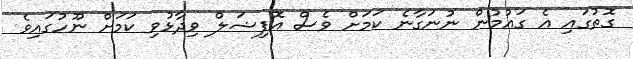
ގޮތުގައި އެ ގައުމުން ނުނަގާނެ ކަމަށް ވެސް އޮފިޝަލް ވިދާޅުވި ކަމަށް ނޫހުގައިވެ